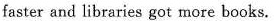
faster and libraries got more books.